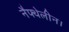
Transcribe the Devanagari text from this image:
नैफ्थेलीन।